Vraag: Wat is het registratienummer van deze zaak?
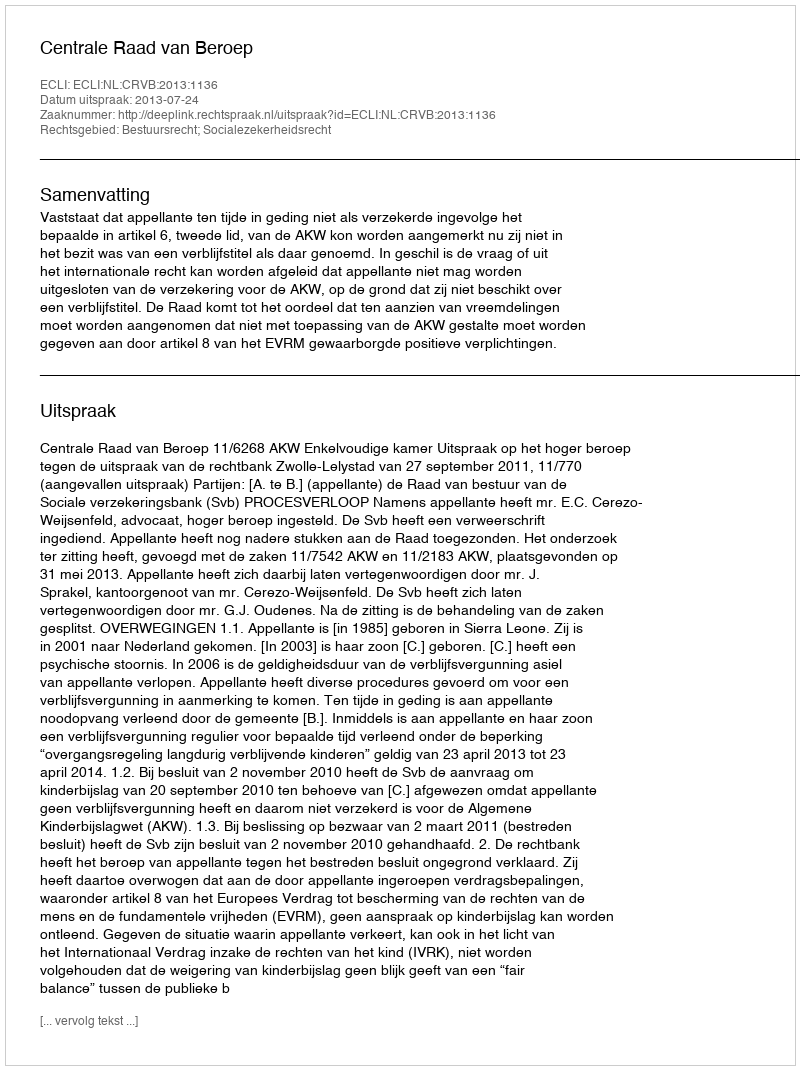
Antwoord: http://deeplink.rechtspraak.nl/uitspraak?id=ECLI:NL:CRVB:2013:1136